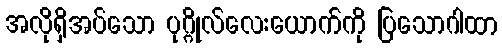
အလိုရှိအပ်သော ပုဂ္ဂိုလ်လေးယောက်ကို ပြသောဂါထာ